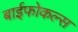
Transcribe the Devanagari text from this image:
बाईफोकल्स